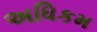
અધિકમ